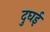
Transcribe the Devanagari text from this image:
दुघई